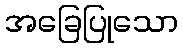
အခြေပြုသော